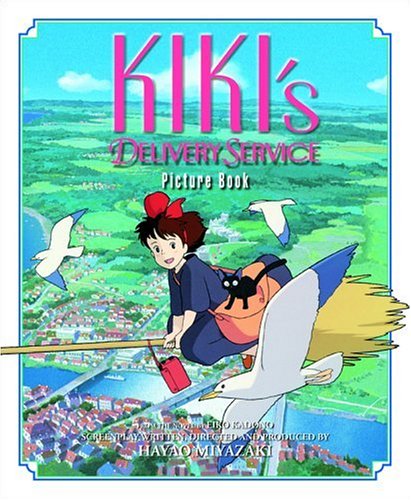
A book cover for Kiki's Delivery Service Picture Book (Kiki's Delivery Service Film Comics); Hayao Miyazaki; Children's Books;